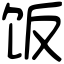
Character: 饭